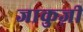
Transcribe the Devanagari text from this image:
जाकुज़ी